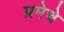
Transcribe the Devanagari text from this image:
प्रमेचे